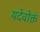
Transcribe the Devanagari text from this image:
यदेवोक्तं